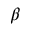
\beta